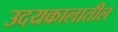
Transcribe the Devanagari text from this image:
उदयकालातील